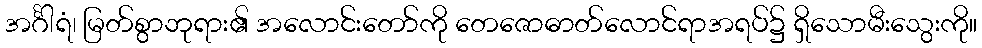
အင်္ဂါရံ၊ မြတ်စွာဘုရား၏ အလောင်းတော်ကို တေဇောဓာတ်လောင်ရာအရပ်၌ ရှိသောမီးသွေးကို။